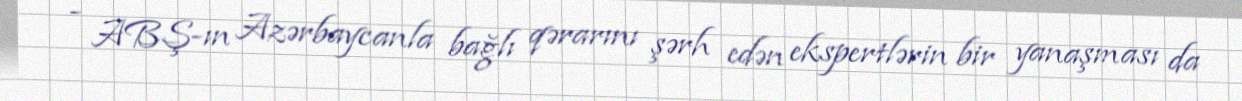
- ABŞ-ın Azərbaycanla bağlı qərarını şərh edən ekspertlərin bir yanaşması da